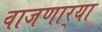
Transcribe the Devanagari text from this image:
वाजणार्‍या